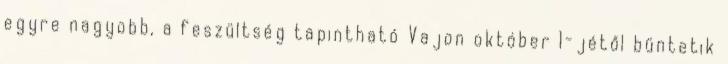
egyre nagyobb, a feszültség tapintható Vajon október 1-jétől büntetik